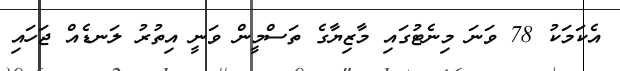
އެކަމަކު 78 ވަނަ މިނެޓުގައި މާޒިޔާގެ ތަސްމީން ވަނީ އިތުރު ލަނޑެއް ޖަހައި